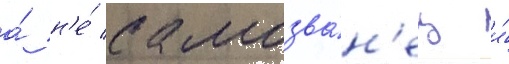
а́ н'е́ самозва́н'ец и́